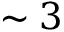
\sim 3